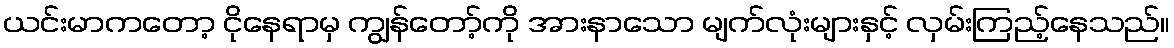
ယင်းမာကတော့ ငိုနေရာမှ ကျွန်တော့်ကို အားနာသော မျက်လုံးများနှင့် လှမ်းကြည့်နေသည်။